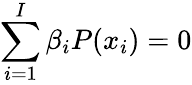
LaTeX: \sum_{i=1}^{I}\beta_{i}P(x_{i})=0